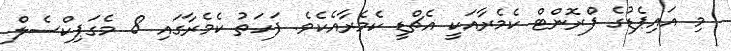
މި އައިޕެޑުގެ ފްރޮންޓް ކެމެރާއަކީ އެޗްޑީ ކެމެރާއެކެވެ. ފަހަތު ކެމެރާގައި 8 މެގަޕިކްސެލް